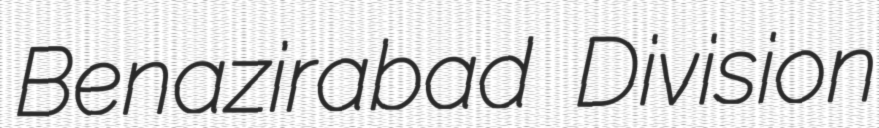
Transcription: Benazirabad Division